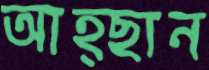
আহ্ছান